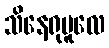
သိနေရုမူလေ